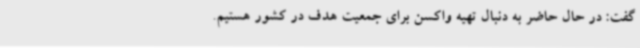
گفت: در حال حاضر به دنبال تهیه واکسن برای جمعیت هدف در کشور هستیم.